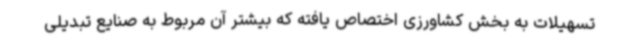
تسهیلات به بخش کشاورزی اختصاص یافته که بیشتر آن مربوط به صنایع تبدیلی